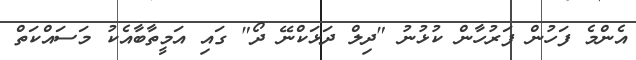
އެންމެ ފަހުން ފަރުހާން ކުޅުނު "ދިލް ދަޅަކްނޭ ދޯ" ގައި އަމީތާބާއެކު މަސައްކަތް